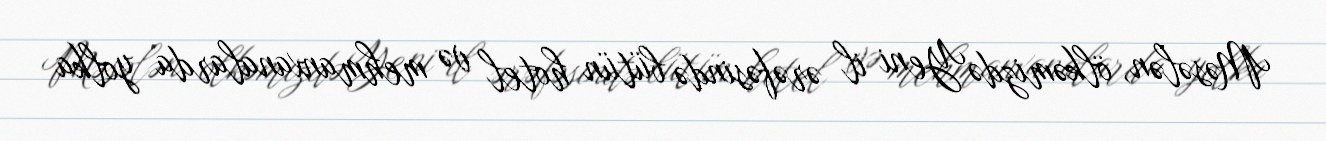
Məsələn, ölkəmizdə Yeni il ərəfəsində bütün hotel və mehmanxanalarda yolka